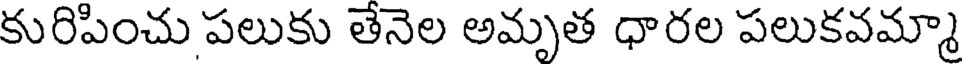
కురిపించు పలుకు తేనెల అమృత ధారల పలుకవమ్మా